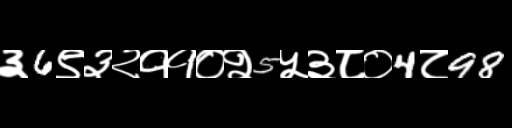
Text: ३6९३२११०२5५३८०4८98